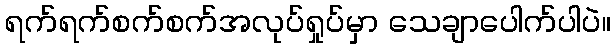
ရက်ရက်စက်စက်အလုပ်ရှုပ်မှာ သေချာပေါက်ပါပဲ။